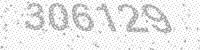
Solution: 306129